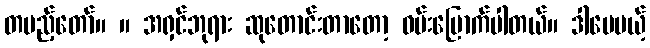
တပည့်တော်။ ။ အရှင်ဘုရား ဆုတောင်းတာတော့ ဝမ်းမြောက်ပါတယ်။ ဒါပေမယ့်